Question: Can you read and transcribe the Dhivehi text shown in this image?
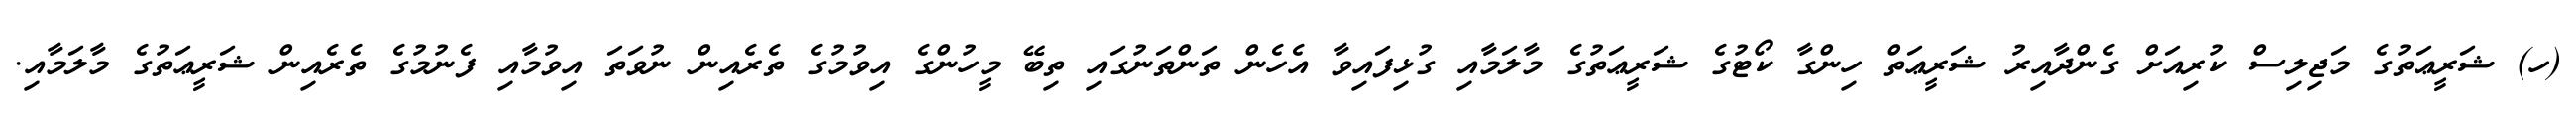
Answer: (ހ) ޝަރީޢަތުގެ މަޖިލިސް ކުރިއަށް ގެންދާއިރު ޝަރީޢަތް ހިންގާ ކޯޓުގެ ޝަރީޢަތުގެ މާލަމާއި ގުޅިފައިވާ އެހެން ތަންތަނުގައި ތިބޭ މީހުންގެ އިވުމުގެ ތެރެއިން ނުވަތަ އިވުމާއި ފެނުމުގެ ތެރެއިން ޝަރީޢަތުގެ މާލަމާއި.